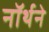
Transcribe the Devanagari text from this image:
नॉर्थने